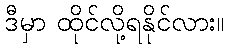
ဒီမှာ ထိုင်လို့ရနိုင်လား။